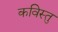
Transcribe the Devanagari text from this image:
कविस्तु